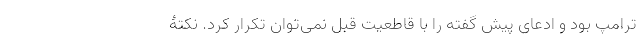
ترامپ بود و ادعای پیش گفته را با قاطعیت قبل نمی‌توان تکرار کرد. نکتۀ